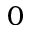
0